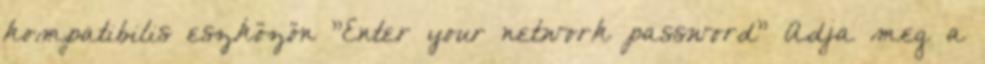
kompatibilis eszközön "Enter your network password" Adja meg a